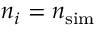
n _ { i } = { \ensuremath { n _ { \mathrm { s i m } } } }